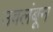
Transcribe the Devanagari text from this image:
उवलंबून